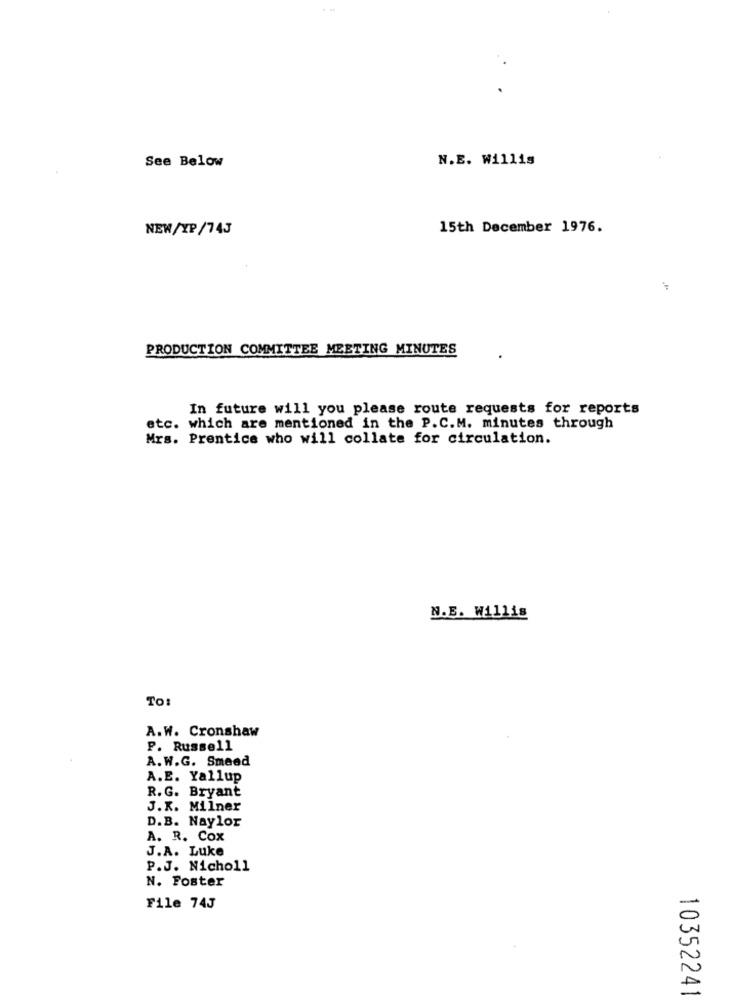
See Below
N.E. Willis
NEW/XP/743
15th December 1976.
PRODUCTION COMMITTEE MEETING MINUTES
In future will you please route requests for reports
etc. which are mentioned in the P.C.M. minutes through
Mrs. Prentice who will collate for circulation.
N.E. Willis
TO:
A.W. Cronshaw
P. Russell
A.W.G. Smeed
A.E. Yallup
R.G. Bryant
J.K. Milner
D.B. Naylor
A. R. Cox
J.A. Luke
P.J. Nicholl
N. Foster
File 743
10352241